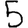
Digit: 5